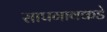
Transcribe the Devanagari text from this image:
सापगावकडे